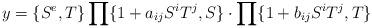
LaTeX: \begin{align*}y=\{S^e, T\}\prod\{1+a_{ij}S^iT^j, S\}\cdot\prod\{1+b_{ij}S^iT^j,T\} \end{align*}